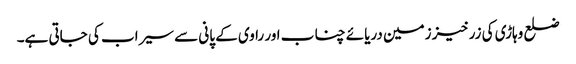
ضلع وہاڑی کی زرخیز زمین دریائے چناب اور راوی کے پانی سے سیراب کی جاتی ہے۔